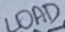
Text: LOAD